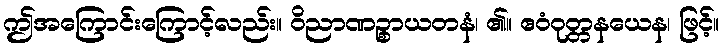
ဤအကြောင်းကြောင့်လည်း။ ဝိညာဏဉ္စာယတနံ၊ ၏။ ဧဝံဝုတ္တနယေန၊ ဖြင့်။